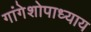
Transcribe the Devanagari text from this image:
गांगेशोपाध्याय